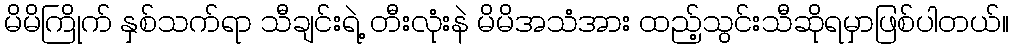
မိမိကြိုက် နှစ်သက်ရာ သီချင်းရဲ့ တီးလုံးနဲ မိမိအသံအား ထည့်သွင်းသီဆိုရမှာဖြစ်ပါတယ်။